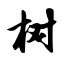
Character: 树